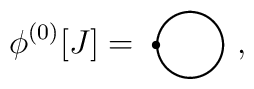
\phi^{(0)}[J]=\setlength{\unitlength}{1mm}\begin{picture}(12,10)\thicklines\put(6,1){\circle{8}}\put(1.75,1){\circle*{1}}\end{picture} ,